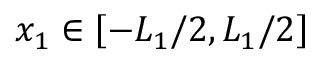
x _ { 1 } \in \left[ { - { L _ { 1 } } / 2 , { L _ { 1 } } / 2 } \right]